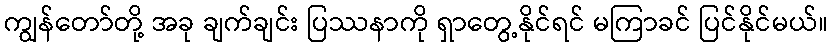
ကျွန်တော်တို့ အခု ချက်ချင်း ပြဿနာကို ရှာတွေ့နိုင်ရင် မကြာခင် ပြင်နိုင်မယ်။